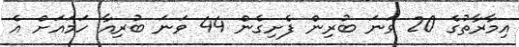
އިމާރާތުގެ 20 ވަނަ ބުރިން ފެށިގެން 44 ވަނަ ބުރިއާ ހަމައަށް އެ